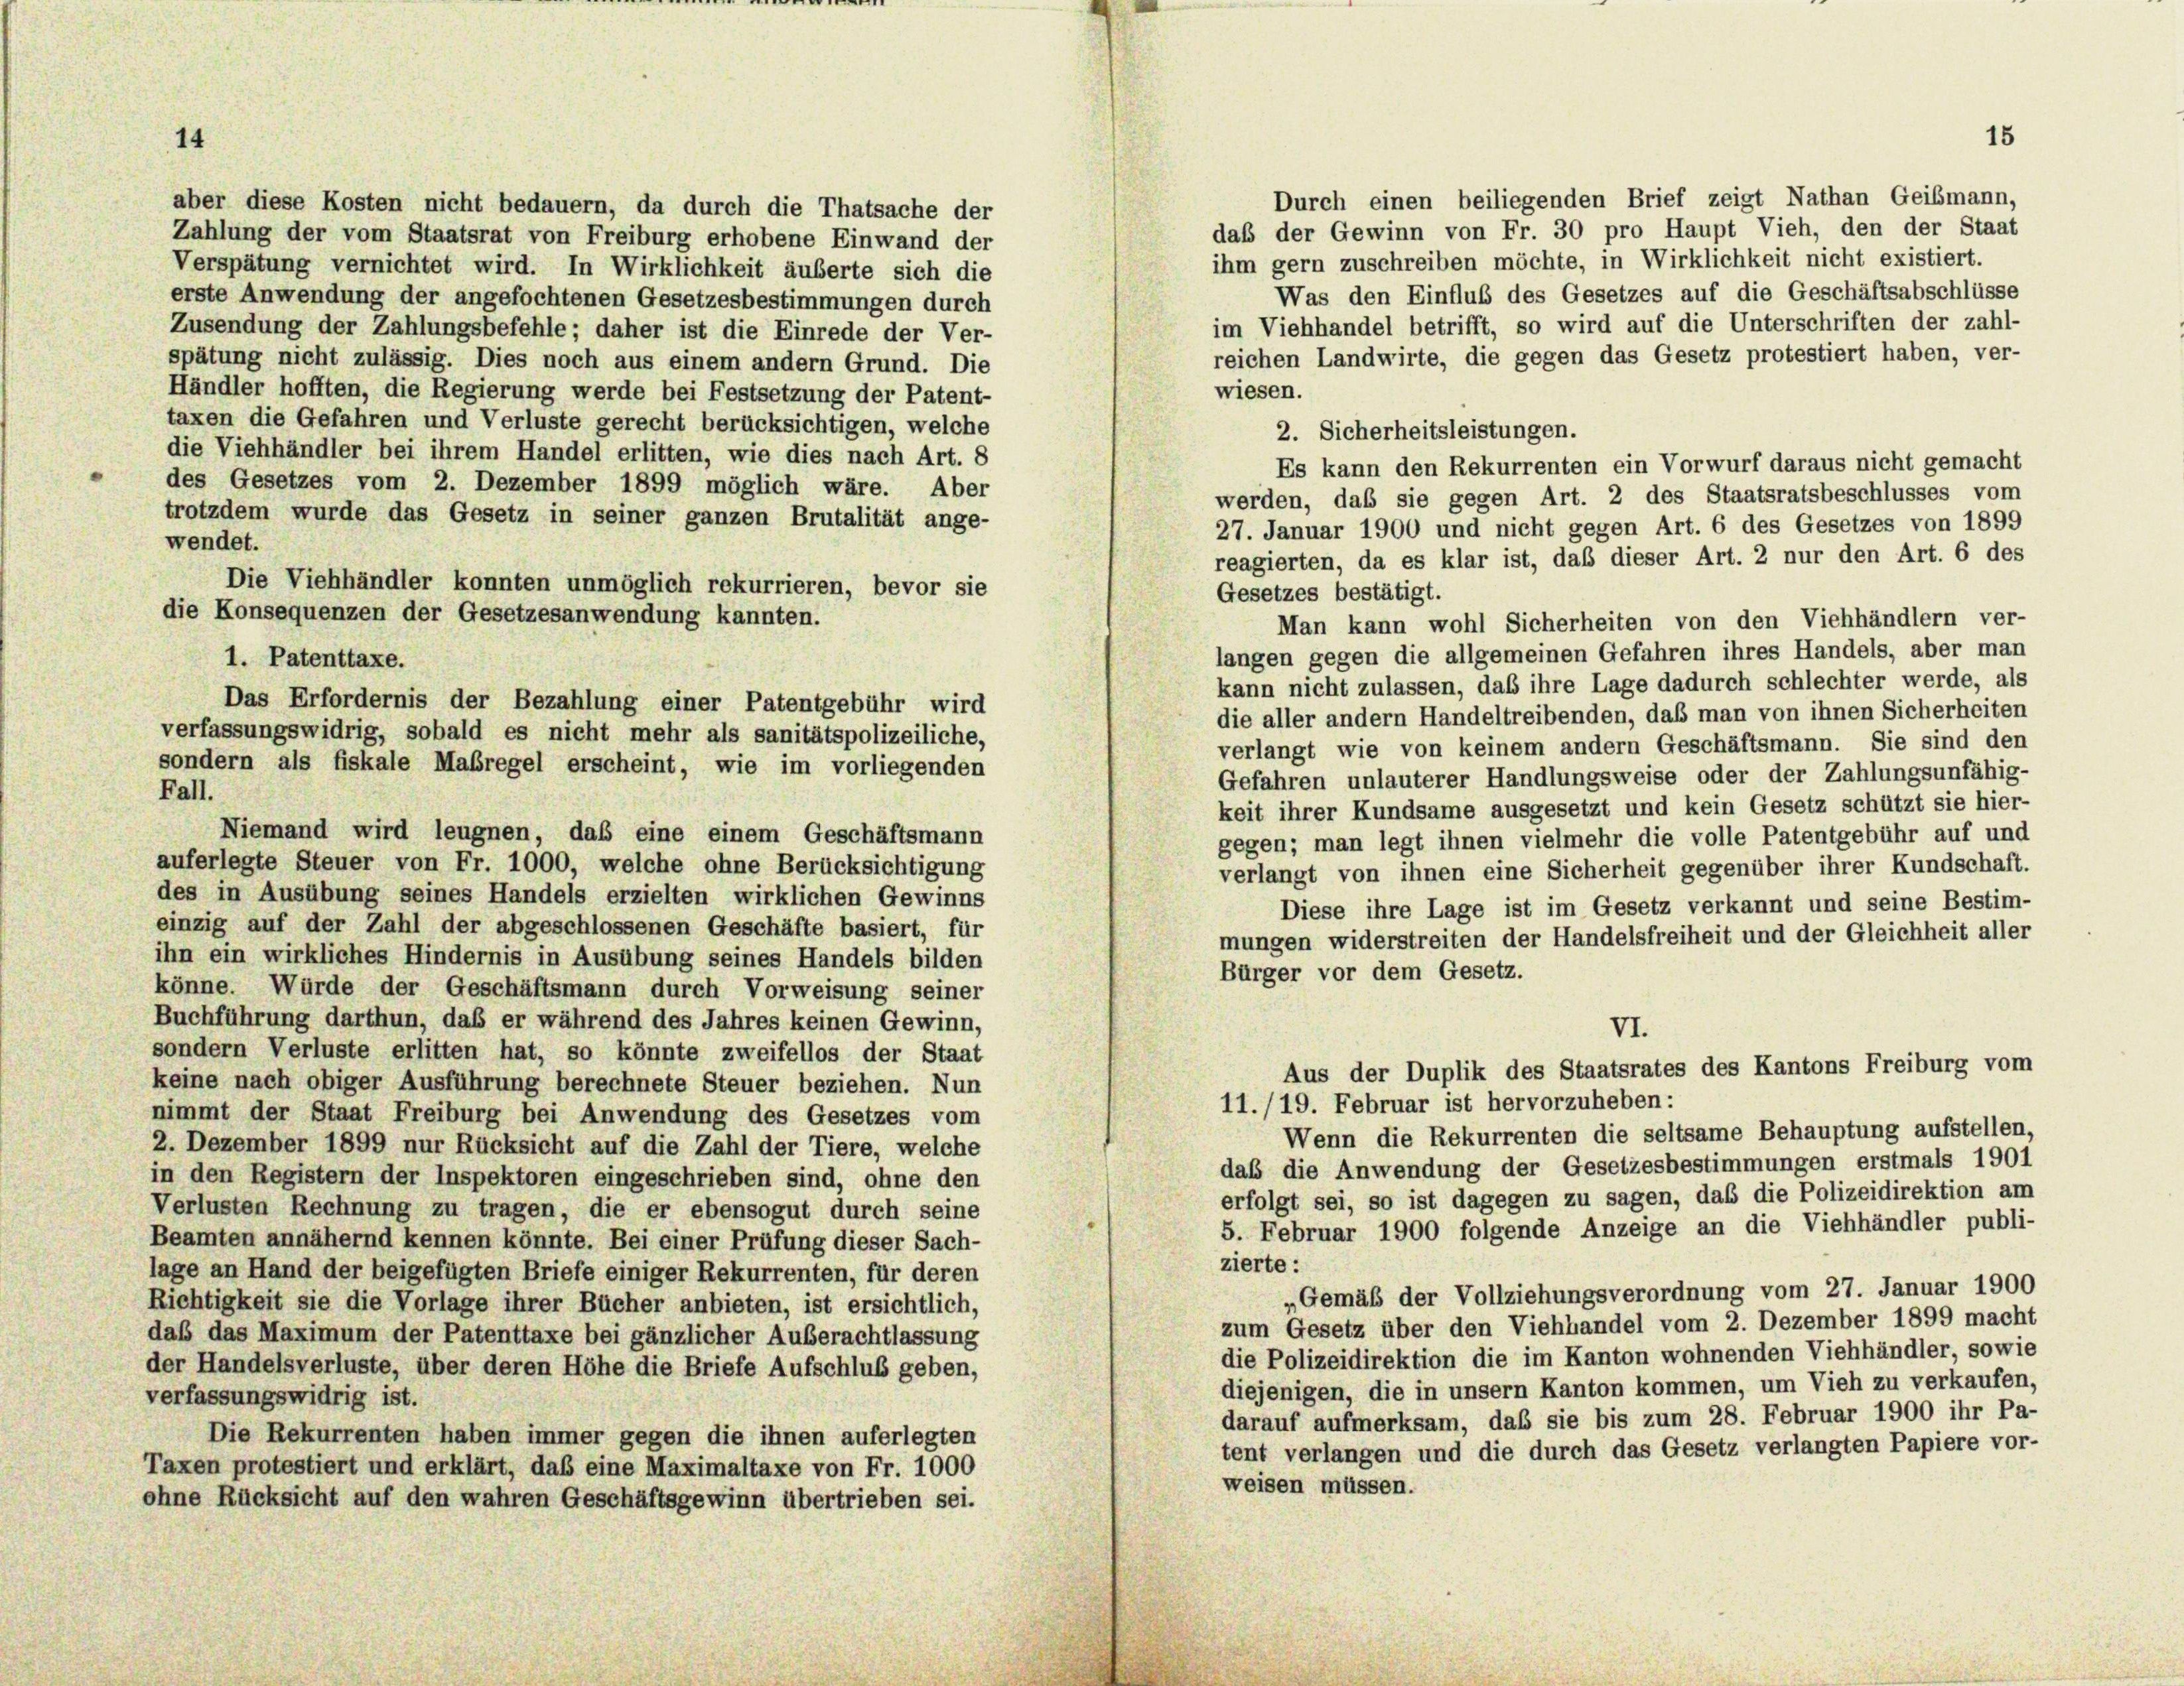
aber diese Kosten nicht bedauern, da durch die Thatsache der
Zahlung der vom Staatsrat von Freiburg erhobene Einwand der
Verspätung vernichtet wird. In Wirklichkeit äußerte sich die
erste Anwendung der angefochtenen Gesetzesbestimmungen durch
Zusendung der Zahlungsbefehle; daher ist die Einrede der Ver-
reichen Landwirte, die gegen das Gesetz protestiert haben, ver-
spätung nicht zulässig. Dies noch aus einem andern Grund. Die
wiesen.
Händler hofften, die Regierung werde bei Festsetzung der Patent-
taxen die Gefahren und Verluste gerecht berücksichtigen, welche
2. Sicherheitsleistungen.
die Viehhändler bei ihrem Handel erlitten, wie dies nach Art. 8
Es kann den Rekurrenten ein Vorwurf daraus nicht gemacht
des Gesetzes vom 2. Dezember 1899 möglich wäre. Aber
werden, daß sie gegen Art. 2 des Staatsratsbeschlusses vom
trotzdem wurde das Gesetz in seiner ganzen Brutalität ange-
27. Januar 1900 und nicht gegen Art. 6 des Gesetzes von 1899
wendet.
reagierten, da es klar ist, daß dieser Art. 2 nur den Art. 6 des
Die Viehhändler konnten unmöglich rekurrieren, bevor sie
Gesetzes bestätigt.
die Konsequenzen der Gesetzesanwendung kannten.
Man kann wohl Sicherheiten von den Viehhändlern ver-
langen gegen die allgemeinen Gefahren ihres Handels, aber man
1. Patenttaxe.
kann nicht zulassen, daß ihre Lage dadurch schlechter werde, als
Das Erfordernis der Bezahlung einer Patentgebühr wird
die aller andern Handeltreibenden, daß man von ihnen Sicherheiten
verfassungswidrig, sobald es nicht mehr als sanitätspolizeiliche,
verlangt wie von keinem andern Geschäftsmann. Sie sind den
sondern als fiskale Maßregel erscheint, wie im vorliegenden
Gefahren unlauterer Handlungsweise oder der Zahlungsunfähig-
Fall.
keit ihrer Kundsame ausgesetzt und kein Gesetz schützt sie hier-
Niemand wird leugnen, daß eine einem Geschäftsmann
gegen; man legt ihnen vielmehr die volle Patentgebühr auf und
auferlegte Steuer von Fr. 1000, welche ohne Berücksichtigung
verlangt von ihnen eine Sicherheit gegenüber ihrer Kundschaft.
des in Ausübung seines Handels erzielten wirklichen Gewinns
Diese ihre Lage ist im Gesetz verkannt und seine Bestim-
einzig auf der Zahl der abgeschlossenen Geschäfte basiert, für
mungen widerstreiten der Handelsfreiheit und der Gleichheit aller
ihn ein wirkliches Hindernis in Ausübung seines Handels bilden
Bürger vor dem Gesetz.
könne. Würde der Geschäftsmann durch Vorweisung seiner
Buchführung darthun, das er während des Jahres keinen Gewinn,
VI.
sondern Verluste erlitten hat, so könnte zweifellos der Staat
Aus der Duplik des Staatsrates des Kantons Freiburg vom
keine nach obiger Ausführung berechnete Steuer beziehen. Nun
11./19. Februar ist hervorzuheben:
nimmt der Staat Freiburg bei Anwendung des Gesetzes vom
Wenn die Rekurrenten die seltsame Behauptung aufstellen,
2. Dezember 1899 nur Rücksicht auf die Zahl der Tiere, welche
daß die Anwendung der Gesetzesbestimmungen erstmals 1901
in den Registern der Inspektoren eingeschrieben sind, ohne den
erfolgt sei, so ist dagegen zu sagen, daß die Polizeidirektion am
Verlusten Rechnung zu tragen, die er ebensogut durch seine
5. Februar 1900 folgende Anzeige an die Viehhändler publi-
Beamten annähernd kennen könnte. Bei einer Prüfung dieser Sach-
zierte:
lage an Hand der beigefügten Briefe einiger Rekurrenten, für deren
„Gemäß der Vollziehungsverordnung vom 27. Januar 1900
Richtigkeit sie die Vorlage ihrer Bücher anbieten, ist ersichtlich,
zum Gesetz über den Viehhandel vom 2. Dezember 1899 macht
daß das Maximum der Patenttaxe bei gänzlicher Auberachtlassung
die Polizeidirektion die im Kanton wohnenden Viehhändler, sowie
der Handelsverluste, über deren Höhe die Briefe Aufschluß geben,
diejenigen, die in unsern Kanton kommen, um Vieh zu verkaufen,
verfassungswidrig ist.
darauf aufmerksam, daß sie bis zum 28. Februar 1900 ihr Pa-
Die Rekurrenten haben immer gegen die ihnen auferlegten
tent verlangen und die durch das Gesetz verlangten Papiere vor-
Taxen protestiert und erklärt, das eine Maximaltaxe von Fr. 1000
weisen müssen.
ohne Rücksicht auf den wahren Geschäftsgewinn übertrieben sei.

Durch einen beiliegenden Brief zeigt Nathan Geismann,
daß der Gewinn von Fr. 30 pro Haupt Vieh, den der Staat
ihm gern zuschreiben möchte, in Wirklichkeit nicht existiert.
Was den Einflub des Gesetzes auf die Geschäftsabschlüsse
im Viehhandel betrifft, so wird auf die Unterschriften der zahl-